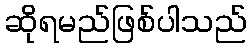
ဆိုရမည်ဖြစ်ပါသည်